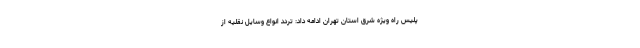
پلیس راه ویژه شرق استان تهران ادامه داد: تردد انواع وسایل نقلیه از